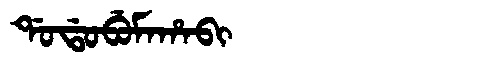
Manchu: ᡩᠣᡩᠣᠪᡠᠮᠠᡥᠠᠪᡳ
Romanization: DODOBUMAHABI